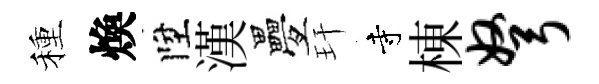
種煥陞漢疊玕寺棟弩